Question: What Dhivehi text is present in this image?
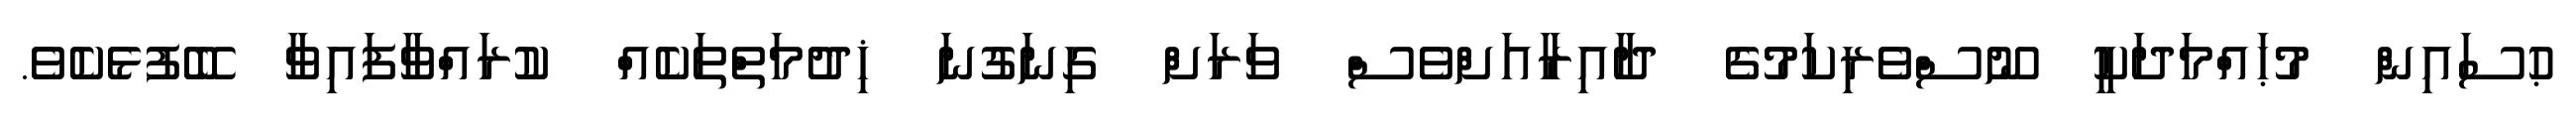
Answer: ޙުސައިން މުޙައްމަދަކީ ނޫސްވެރިކަމުގެ ދާއިރާއަށްވެސް ވަރަށް ގިނަގުނަ ޚިދުމަތްތަކެއް ކުރައްވާފައިވާ ބޭފުޅެކެވެ.